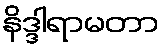
နိဒ္ဒါရာမတာ